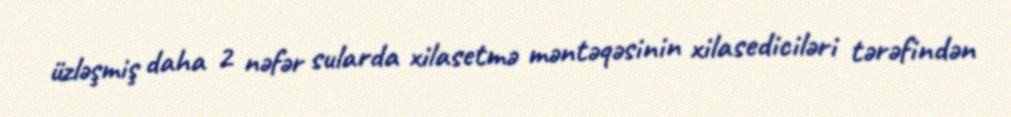
üzləşmiş daha 2 nəfər sularda xilasetmə məntəqəsinin xilasediciləri tərəfindən